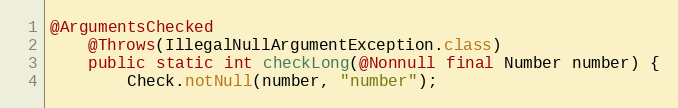
Language: Java
@ArgumentsChecked
	@Throws(IllegalNullArgumentException.class)
	public static int checkLong(@Nonnull final Number number) {
		Check.notNull(number, "number");